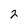
Character: 2